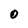
Character: 0